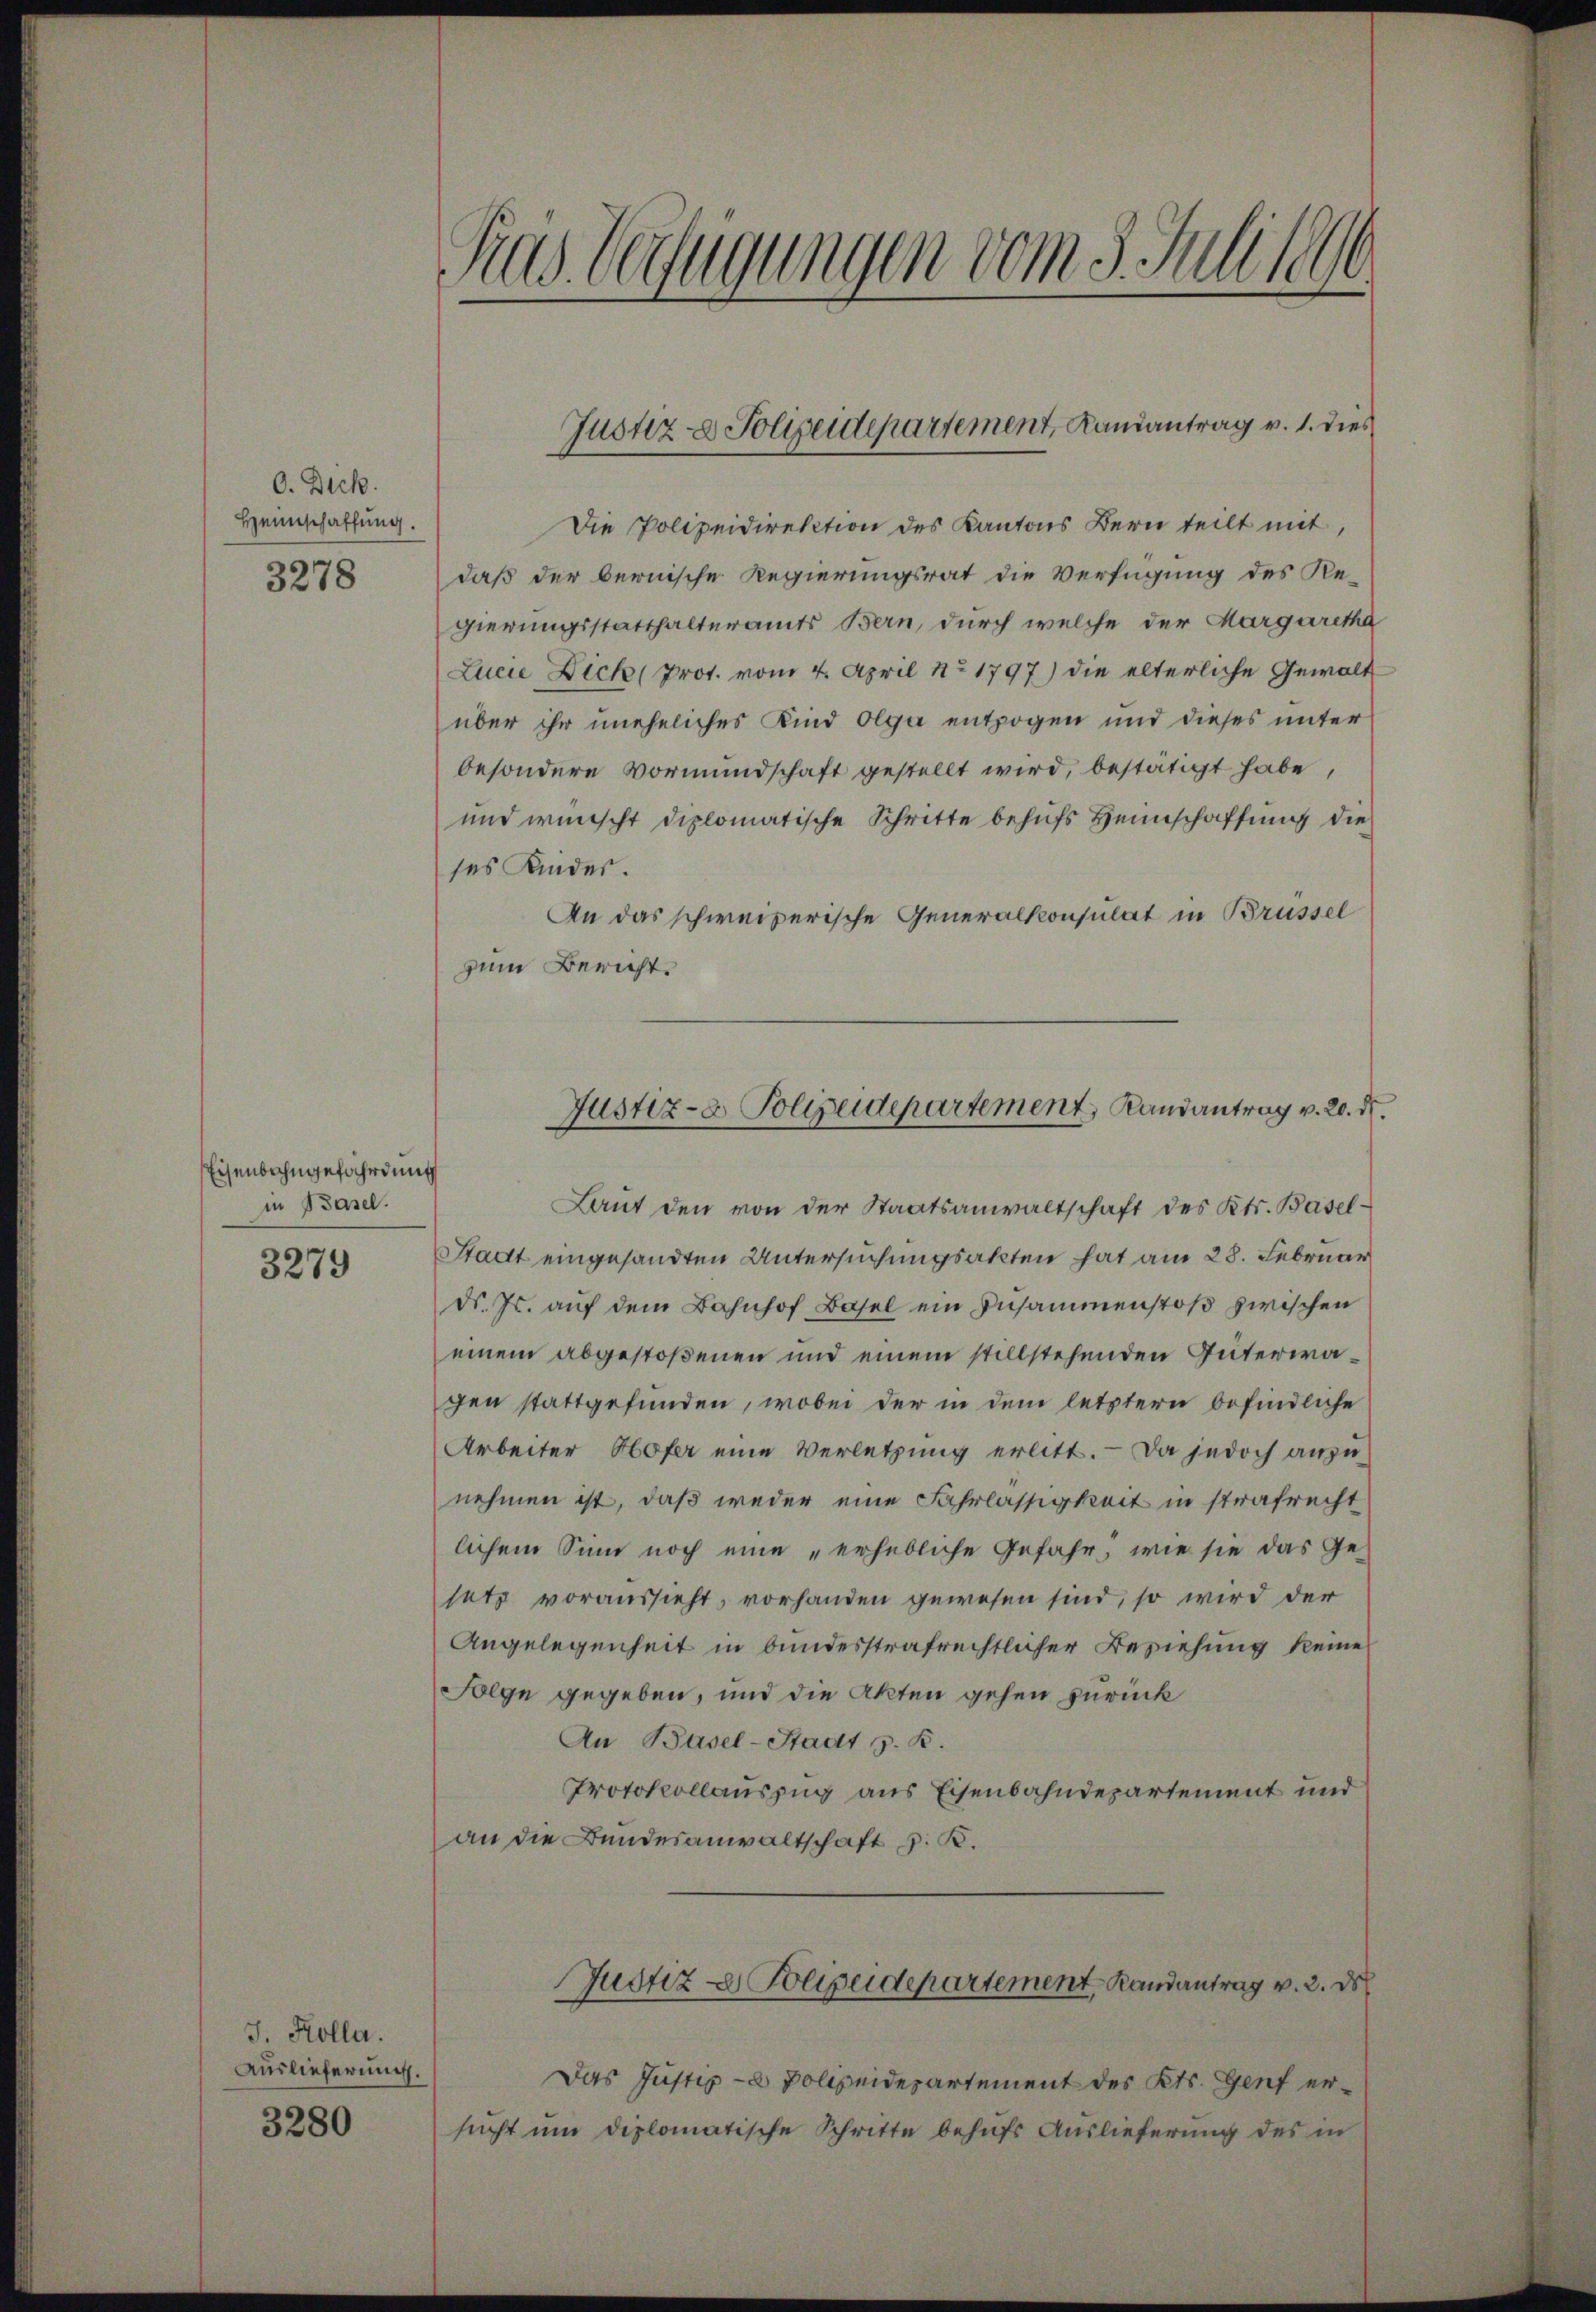
O. Dich.
Heimschaffung.
3278

Eisenbahngefährdung
in Basel.

3279

J. Kolla.
Auslieferung.

3280

s
Gras. Verfügungen vom 3. Sulllen.

Die Polizeidirektion des Kantons Bern teilt mit,
daß der bernische Regierungsrat die Verfügung des Regierungsstatthalteramts Bern, durch welche der Margaretha
Lucie Dick (Prot. vom 4. April No 1797) die elterliche Gewalt
über ihr uneheliches Kind Olga entzogen und dieses unter
besondere Vormundschaft gestellt wird, bestätigt habe,
und wünscht diplomatische Schritte behufs Heimschaffung die
ses Kinder.
An das schweizerische Generalkonsulat in Brüssel
zum Bericht
Laut den von der Staatsanwaltschaft des Kts. Basel¬
Stadt eingesandten Untersuchungsakten hat am 28. Februar
d. Js. auf dem Bahnhof Basel ein Zusammenstoß zwischen
einem abgestoßenen und einem stillstehenden Güterwagen stattgefunden, wobei der in dem letztern befindliche
Arbeiter Hofer eine Verletzung erlitt. Da jedoch anzu-
nehmen ist, daß weder eine Fahrlässigkeit in strafrecht
lichem Sinn noch eine „erhebliche Gefahr, wie sie das Ge-
setz voraussieht, vorhanden gewesen sind, so wird der
Angelegenheit in bundesstrafrechtlicher Beziehung keine
Folge gegeben, und die Akten gehen zurück
An Basel-Stadt z. B.
Protokollauszug aus Eisenbahndepartement und
an die Bundesanwaltschaft z. B.
Justiz - Polizeidepartement, Randantrag v. 2. ds
Das Justiz - Polizeidepartement des Kts. Genf ersucht um diplomatische Schritte behufs Auslieferung des in

Justiz- & Polizeidepartement, Ramantrag v. 1. dies

Justiz- & Polizeidepartement, Randantrag v. 20. ds.